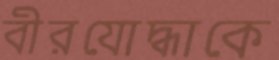
বীরযোদ্ধাকে